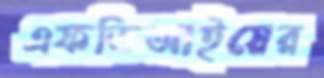
এফডিআইয়ের